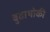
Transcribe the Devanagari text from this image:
बुढाथोकी